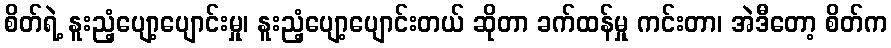
စိတ်ရဲ့ နူးညံ့ပျော့ပျောင်းမှု၊ နူးညံ့ပျော့ပျောင်းတယ် ဆိုတာ ခက်ထန်မှု ကင်းတာ၊ အဲဒီတော့ စိတ်က